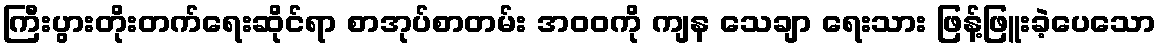
ကြီးပွားတိုးတက်ရေးဆိုင်ရာ စာအုပ်စာတမ်း အဝဝကို ကျန သေချာ ရေးသား ဖြန့်ဖြူးခဲ့ပေသော